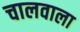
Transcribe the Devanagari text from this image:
चालवाला